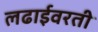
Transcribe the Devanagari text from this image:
लढाईवरती